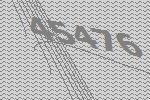
45476